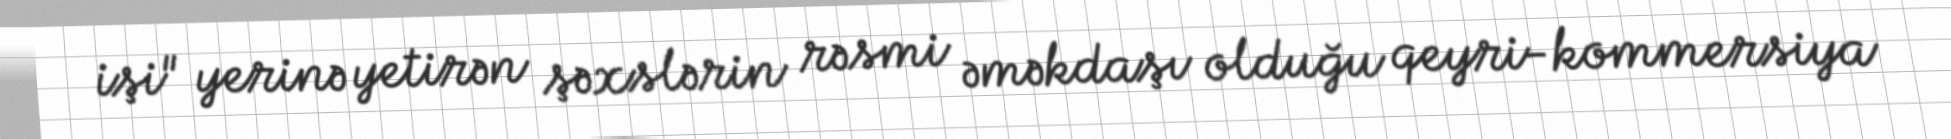
işi" yerinə yetirən şəxslərin rəsmi əməkdaşı olduğu qeyri-kommersiya